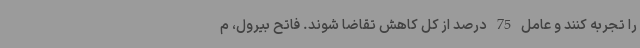
را تجربه کنند و عامل 75 درصد از کل کاهش تقاضا شوند. فاتح بیرول، م